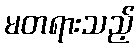
မတရားသည့်